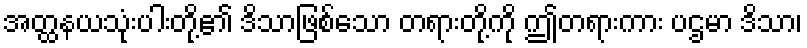
အတ္ထနယသုံးပါးတို့၏ ဒိသာဖြစ်သော တရားတို့ကို ဤတရားကား ပဌမာ ဒိသာ၊